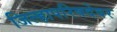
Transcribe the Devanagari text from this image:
जिल्हापरिषदेवर